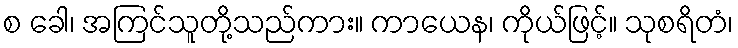
စ ခေါ၊ အကြင်သူတို့သည်ကား။ ကာယေန၊ ကိုယ်ဖြင့်။ သုစရိတံ၊